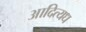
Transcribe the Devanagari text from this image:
आदित्यध